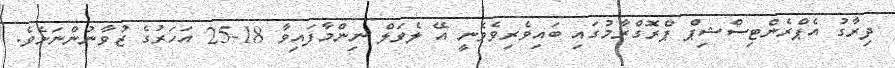
ދިރާގު އެޕްރެންޓިސްޝިޕް ޕްރޮގްރާމުގައި ބައިވެރިވެވެނީ އޭ ލެވަލް ނިންމާފައިވާ 18-25 އަހަރުގެ ޒުވާނުންނަށެވެ.